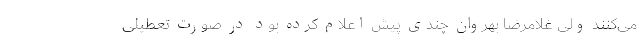
می‌کنند ولی غلامرضا بهروان چندی پیش اعلام کرده بود در صورت تعطیلی